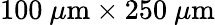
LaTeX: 100~\mu\mathrm{m}\times 250~\mu\mathrm{m}